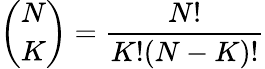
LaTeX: \binom{N}{K}=\frac{N!}{K!(N-K)!}